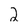
Character: 2